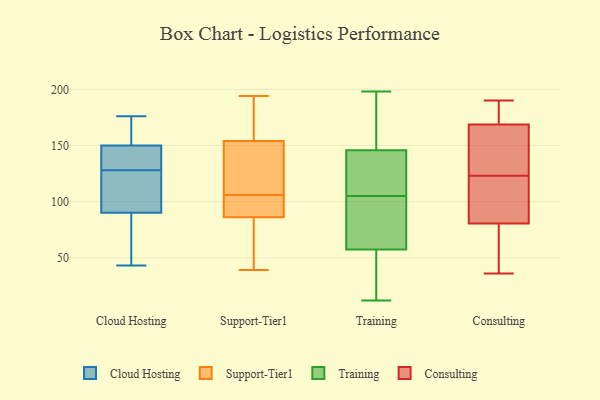
{"axis": {"x": "Market Share (%)", "y": "Value"}, "legend": ["Cloud Hosting", "Consulting", "Support-Tier1", "Training"], "data": [{"x": "", "y": 106, "type": "Cloud Hosting"}, {"x": "", "y": 143, "type": "Cloud Hosting"}, {"x": "", "y": 87, "type": "Cloud Hosting"}, {"x": "", "y": 43, "type": "Cloud Hosting"}, {"x": "", "y": 55, "type": "Cloud Hosting"}, {"x": "", "y": 139, "type": "Cloud Hosting"}, {"x": "", "y": 74, "type": "Cloud Hosting"}, {"x": "", "y": 98, "type": "Cloud Hosting"}, {"x": "", "y": 140, "type": "Cloud Hosting"}, {"x": "", "y": 157, "type": "Cloud Hosting"}, {"x": "", "y": 176, "type": "Cloud Hosting"}, {"x": "", "y": 98, "type": "Cloud Hosting"}, {"x": "", "y": 138, "type": "Cloud Hosting"}, {"x": "", "y": 130, "type": "Cloud Hosting"}, {"x": "", "y": 159, "type": "Cloud Hosting"}, {"x": "", "y": 93, "type": "Cloud Hosting"}, {"x": "", "y": 163, "type": "Cloud Hosting"}, {"x": "", "y": 170, "type": "Cloud Hosting"}, {"x": "", "y": 126, "type": "Cloud Hosting"}, {"x": "", "y": 60, "type": "Cloud Hosting"}, {"x": "", "y": 156, "type": "Support-Tier1"}, {"x": "", "y": 39, "type": "Support-Tier1"}, {"x": "", "y": 91, "type": "Support-Tier1"}, {"x": "", "y": 68, "type": "Support-Tier1"}, {"x": "", "y": 73, "type": "Support-Tier1"}, {"x": "", "y": 106, "type": "Support-Tier1"}, {"x": "", "y": 103, "type": "Support-Tier1"}, {"x": "", "y": 194, "type": "Support-Tier1"}, {"x": "", "y": 104, "type": "Support-Tier1"}, {"x": "", "y": 106, "type": "Support-Tier1"}, {"x": "", "y": 172, "type": "Support-Tier1"}, {"x": "", "y": 154, "type": "Support-Tier1"}, {"x": "", "y": 86, "type": "Support-Tier1"}, {"x": "", "y": 139, "type": "Support-Tier1"}, {"x": "", "y": 71, "type": "Support-Tier1"}, {"x": "", "y": 160, "type": "Support-Tier1"}, {"x": "", "y": 137, "type": "Support-Tier1"}, {"x": "", "y": 145, "type": "Support-Tier1"}, {"x": "", "y": 140, "type": "Training"}, {"x": "", "y": 73, "type": "Training"}, {"x": "", "y": 145, "type": "Training"}, {"x": "", "y": 68, "type": "Training"}, {"x": "", "y": 106, "type": "Training"}, {"x": "", "y": 121, "type": "Training"}, {"x": "", "y": 105, "type": "Training"}, {"x": "", "y": 54, "type": "Training"}, {"x": "", "y": 67, "type": "Training"}, {"x": "", "y": 41, "type": "Training"}, {"x": "", "y": 146, "type": "Training"}, {"x": "", "y": 160, "type": "Training"}, {"x": "", "y": 184, "type": "Training"}, {"x": "", "y": 15, "type": "Training"}, {"x": "", "y": 175, "type": "Training"}, {"x": "", "y": 198, "type": "Training"}, {"x": "", "y": 12, "type": "Training"}, {"x": "", "y": 87, "type": "Training"}, {"x": "", "y": 45, "type": "Training"}, {"x": "", "y": 80, "type": "Consulting"}, {"x": "", "y": 159, "type": "Consulting"}, {"x": "", "y": 96, "type": "Consulting"}, {"x": "", "y": 73, "type": "Consulting"}, {"x": "", "y": 187, "type": "Consulting"}, {"x": "", "y": 172, "type": "Consulting"}, {"x": "", "y": 123, "type": "Consulting"}, {"x": "", "y": 36, "type": "Consulting"}, {"x": "", "y": 124, "type": "Consulting"}, {"x": "", "y": 190, "type": "Consulting"}, {"x": "", "y": 82, "type": "Consulting"}]}